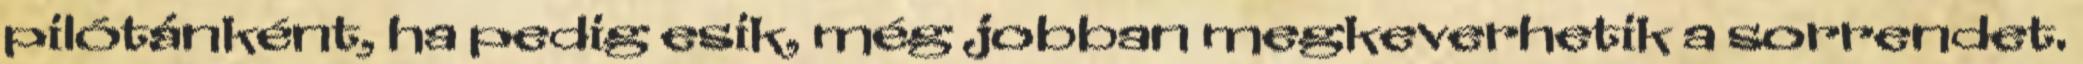
pilótánként, ha pedig esik, még jobban megkeverhetik a sorrendet.